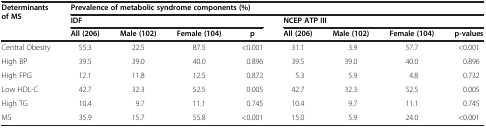
| <ROWSPAN=3> Determinants of MS | <COLSPAN=8> Prevalence of metabolic syndrome components (%) |
 | <COLSPAN=4> IDF | <COLSPAN=4> NCEP ATP III |
 | All (206) | Male (102) | Female (104) | p | All (206) | Male (102) | Female (104) | p-values |
 | --- | --- | --- | --- | --- | --- | --- | --- | --- |
 | Central Obesity | 55.3 | 22.5 | 87.5 | <0.001 | 31.1 | 3.9 | 57.7 | <0.001 |
 | High BP | 39.5 | 39.0 | 40.0 | 0.896 | 39.5 | 39.0 | 40.0 | 0.896 |
 | High FPG | 12.1 | 11.8 | 12.5 | 0.872 | 5.3 | 5.9 | 4.8 | 0.732 |
 | Low HDL-C | 42.7 | 32.3 | 52.5 | 0.005 | 42.7 | 32.3 | 52.5 | 0.005 |
 | High TG | 10.4 | 9.7 | 11.1 | 0.745 | 10.4 | 9.7 | 11.1 | 0.745 |
 | MS | 35.9 | 15.7 | 55.8 | <0.001 | 15.0 | 5.9 | 24.0 | <0.001 |